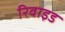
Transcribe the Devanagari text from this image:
रिवाइड